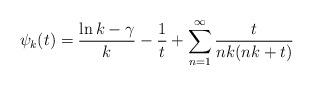
LaTeX: \begin{align*}\psi_k(t)=\frac{\ln k-\gamma}{k}-\frac{1}{t}+\sum_{n=1}^{\infty} \frac{t}{nk(nk+t)} \end{align*}